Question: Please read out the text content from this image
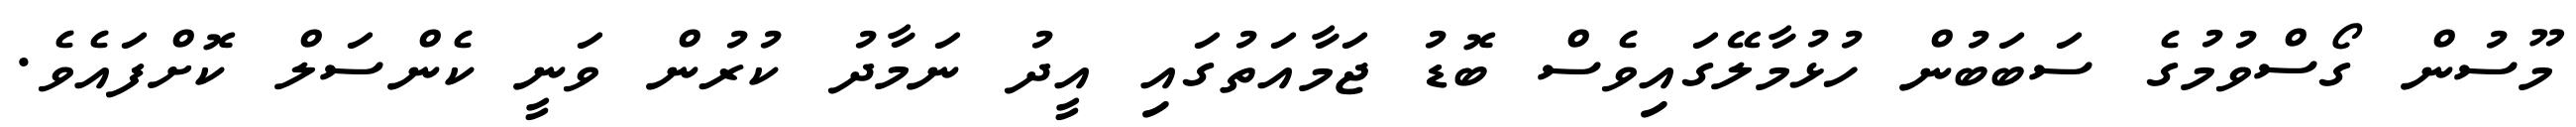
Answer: މޫސުން ގޯސްވުމުގެ ސަބަބުން ހުޅުމާލޭގައިވެސް ބޮޑު ޖަމާއަތުގައި އީދު ނަމާދު ކުރުން ވަނީ ކެންސަލް ކޮށްފައެވެ.